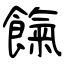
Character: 餼